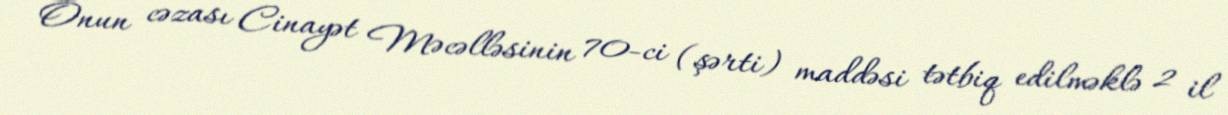
Onun cəzası Cinayət Məcəlləsinin 70-ci (şərti) maddəsi tətbiq edilməklə 2 il